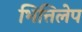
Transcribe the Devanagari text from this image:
भित्तिलेप